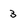
Character: 3